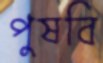
পুষবি